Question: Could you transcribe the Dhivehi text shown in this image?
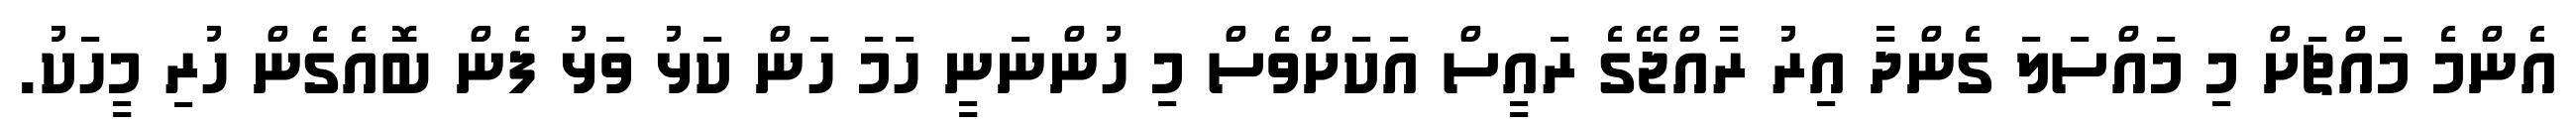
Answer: އެންމެ މައްޗަށް މި މައްސަލަ ގެންދާ އިރު ރާއްޖޭގެ ރައީސް އަކަށްވެސް މި ހުންނަނީ ހަމަ ހަން ކަޅު ވަޅު ފެން ބޮއެގެން ހުރި މީހަކު.